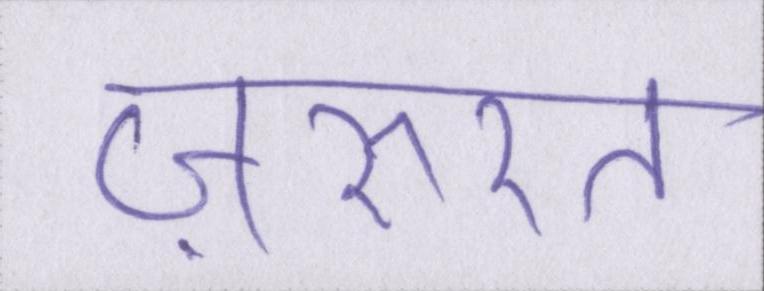
ज़रुरत